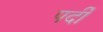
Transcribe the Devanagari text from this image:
पर्दी